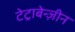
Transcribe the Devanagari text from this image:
टेट्राबेन्ज़ीन